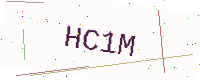
Text: HC1M